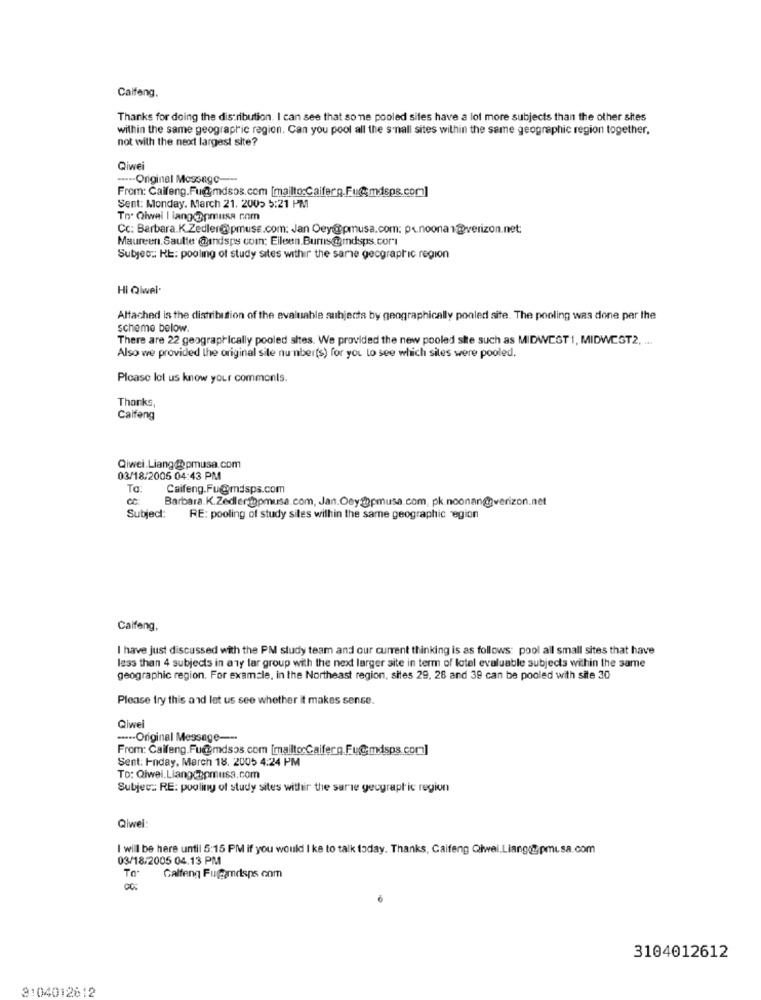
Calfeng.
Thanks for doing the distribution. I can see that so ne pooled sites have a lot more subjects than the other sites
within the same geographic region. Can you pool all the s'nall sites within the same geographic region together.
not with the next largest site?
Qiwei
....- Original Message ---
From: Caifeng.Fu@mdsos.com [mailto:Caiferg.Fu@;mdsps.com]
Sent: Monday, March 21. 2005 5:21 PM
To. Qiwal | lang @pmusa com
Cc: Barbara.K.Zedler@pmuss.com: Jan Oey@@pmusa.com: p.noonan@verizon.net
Maureen. Saulte @undsps com: Eileen.Burns@indsps.com
Subyes :: RE: pooling of study sites withir the same geographic region
Hi Qiwel-
Altached is the distribution of the evaluable subjecta by geographically pooled site. The pooling was done per the
scheme below.
There are 22 geographically pooled sites. We provided the new pooled site such as MIDWCGT 1, MIDWCGT2. ...
Also we provided the original site nu nberts) for you to see which sites were pooled.
Please let us know your comments.
Thanks,
Caifeng
Qiwei.Liang@pmusa.com
03/18/2005 04:43 PM
Ta:
Caifeng.Fu@mdsps.com
Barbara.K.Zedler@pmusa.com, Jan.Oey:pmusa.com, pk.noonan@@verizon.net
Subject: RE: pooling of study sites within the same geographic egion
Calfeng,
I have just discussed with the PM study team and our current thinking is as follows: pool all small sites that have
less than 4 subjects in any far group with the next larger site in term of lotel evaluable subjects within the same
geographic region. For example, in the Northeast region, sites 29, 28 and 39 can be pooled with site 30
Please try this and let us see whether it makes sense.
Qlwel
-***- Original Message --
From: Caifeng. Fu@mdsos.com [mailto:Calfer g.Fu@mdsps.com]
Sent: Friday, March 18. 2005 4:24 PM
To: Qiwei.Liang/pmusa.com
Subjec: RE: pooling of study sites withir the sarie geographic region
Qiwel:
I will be here until 5:15 PM if you would I ke to talk today. Thanks, Caifeng Qiwei.Liang@pmusa.com
03/18/2005 04.13 PM
Calfeng Fu@mdsps.com
3104012612
3104012612